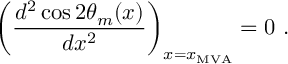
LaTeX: \left( \frac { d ^ { 2 } \cos 2 \theta _ { m } ( x ) } { d x ^ { 2 } } \right) _ { x = x _ { \mathrm { M V A } } } = 0 \ .